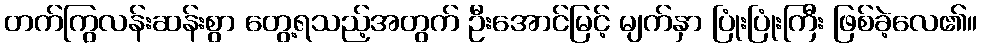
တက်ကြွလန်းဆန်းစွာ တွေ့ရသည့်အတွက် ဦးအောင်မြင့် မျက်နှာ ပြုံးပြုံးကြီး ဖြစ်ခဲ့လေ၏။